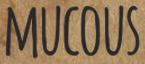
MUCOUS